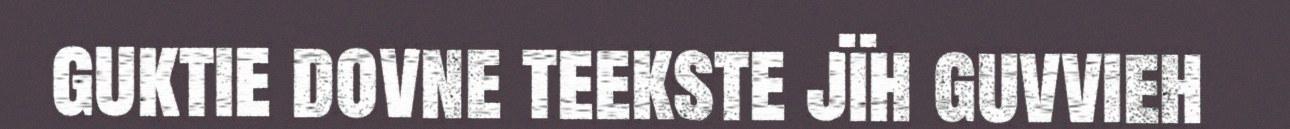
guktie dovne teekste jïh guvvieh